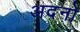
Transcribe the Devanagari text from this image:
अदनो